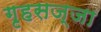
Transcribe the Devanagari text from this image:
गृहसज्जा